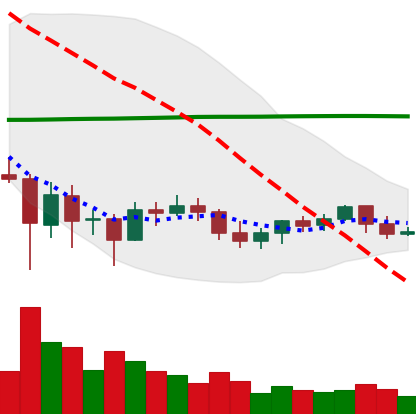
Ticker: BTC-USD
Chart end date: 2021-06-06
Forward return: 4.105%
Label: up_3_5